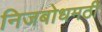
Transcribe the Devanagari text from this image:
निजबोधमठी